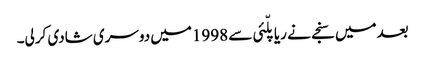
بعدمیں سنجے نے ریاپلّئی سے 1998میں دوسری شادی کرلی۔